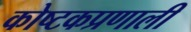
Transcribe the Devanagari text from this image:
कोष्टकप्रणाली